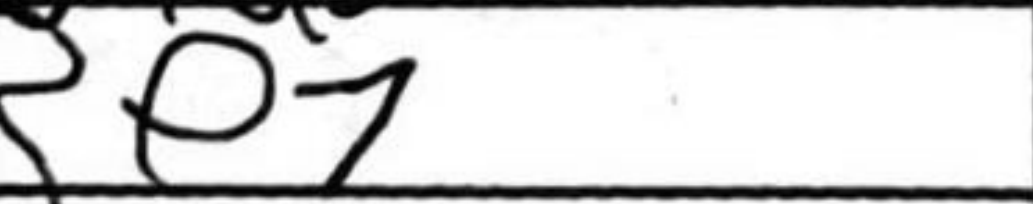
Transcription: Re7